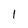
Character: 1